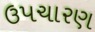
ઉપચારણ